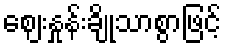
ဈေးနှုန်းချိုသာစွာဖြင့်